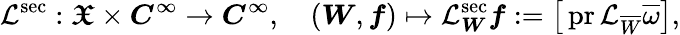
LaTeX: \mathcal L^{\mathrm{sec}}:\boldsymbol{\mathfrak X}\times\boldsymbol{C}^{\infty}\to\boldsymbol{C}^{\infty},\quad\left(\boldsymbol W,\boldsymbol f\right)\mapsto\mathcal L_{\boldsymbol W}^{\mathrm{sec}}\boldsymbol f:=\big[\operatorname{pr}\mathcal L_{\overline{W}}\overline{\omega}\big],